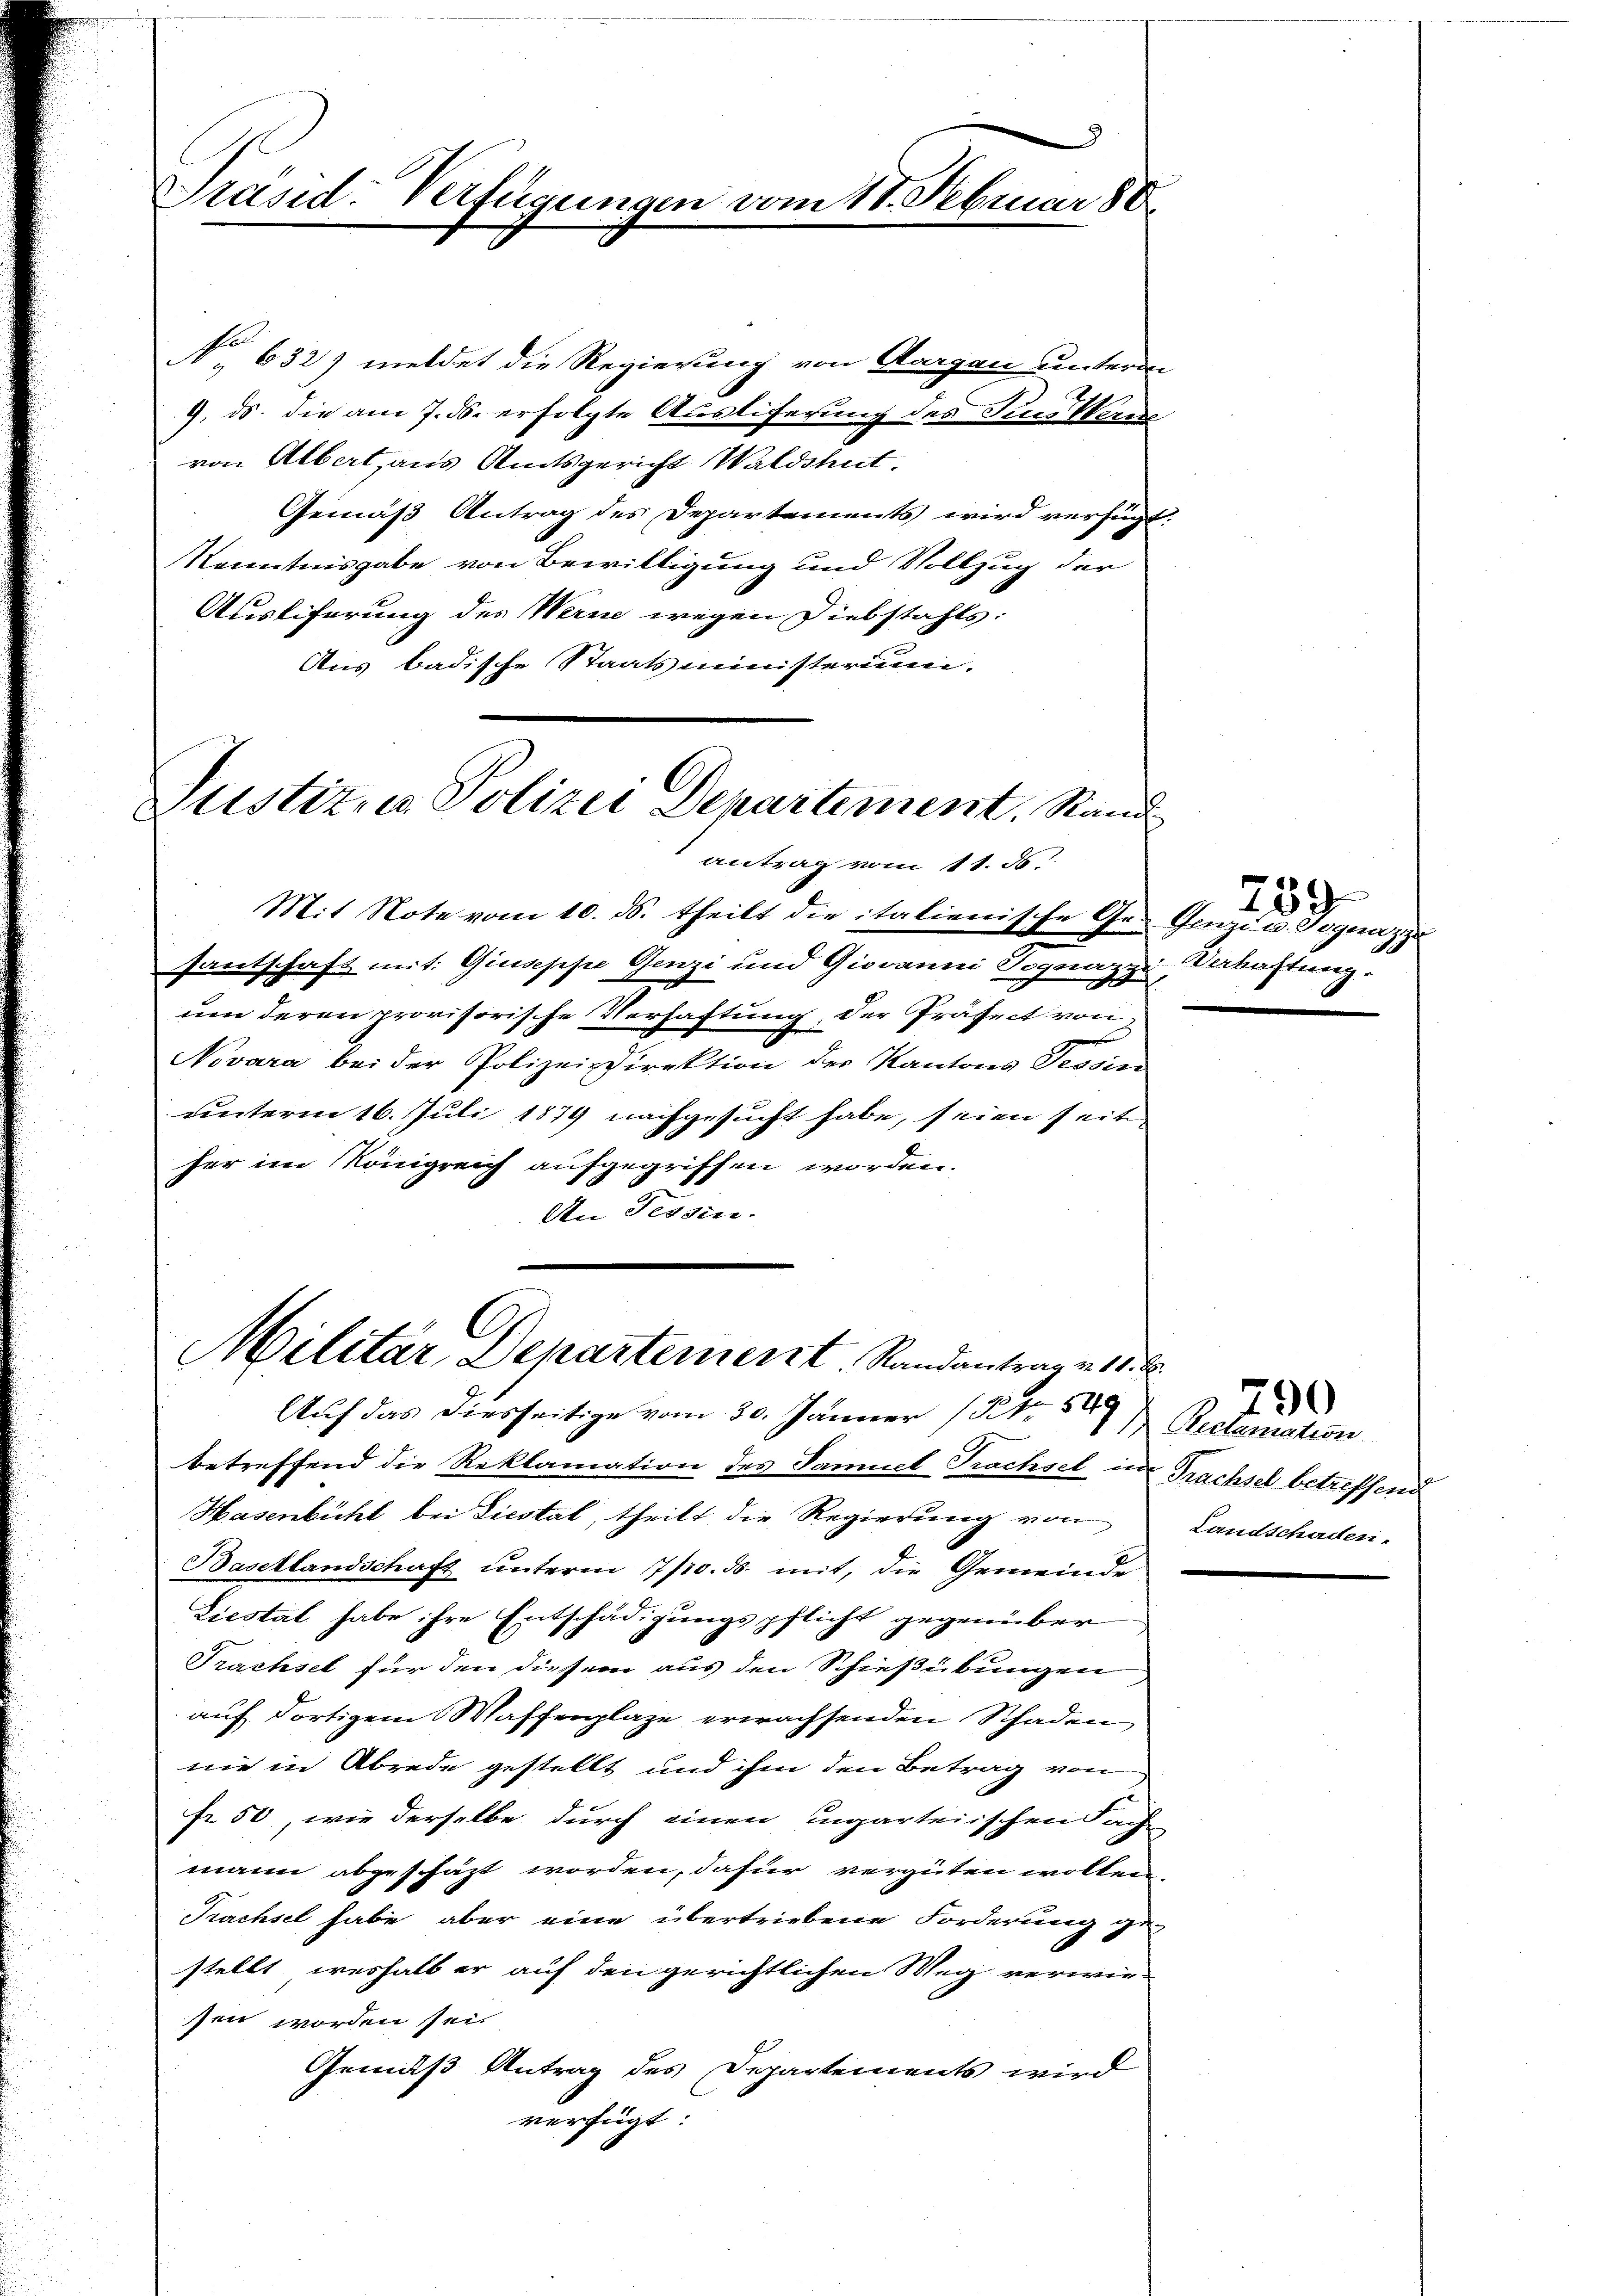
9
Präsid. Verfügungen vom 17. Februar 188

Justiz- u. Polizei Departement. Stand
antrag vom 11. ds.

No 632) meldet die Regierung von Aargau unterm
9. ds. die am 7. ds. erfolgte Austiferung des Fins Wern
von Albert aus Amtsgericht Waldshut.
Gemäß Antrag des Departements wird verfügt:
Kenntnisgabe von Bewilligung und Vollzug der
Ausliferung des Werne wegen Diebstahls:
Aus badische Staatsministerium.

Mit Note vom 10. ds. theilt die italienische Ge- Genzi u. Jognaz zu
santschaft mit: Giuseppe Genzi und Giovanni Dognaz
um deren provisorische Verhaftung, der Präfect von
Novara bei der Polizeidirektion der Kantons Tessin
unterm 16. Juli 1874 nachgesucht habe, seien seit
her im Königreich aufgegriffen worden.
An Tessin.

A
Militar Departement. Randantrag v. 18. d.
Auf das diesseitige vom 30. Jänner (154

259
Verhaftung.

betreffend die Reklamation des Samuel Prachsel in Trachsel betreffend
Hasenbühl bei Liestal, theilt die Regierung von
Basellandschaft ŭnterm 7/10. ds. mit, die Gemeinde
Liestal habe ihre Entschädigungspflicht gegenüber
Trachsel für den diesem aus den Schießübungen
auf dortigem Waffenplaze erwachsenden Schaden
nie in Abrede gestellt und ihm den Betrag von
fr. 50, wie derselbe durch einen Ingarteiischen Fach
mann abgeschäzt worden, dafür vergüten wollen.
Prachsel habe aber eine übertriebene Forderung ge-
stellt weshalb er auf den gerichtlichen Weg verwiesen worden sei.
Gemäß Antrag des Departements wird
verfügt

Reclamation.
Landschaden.

790